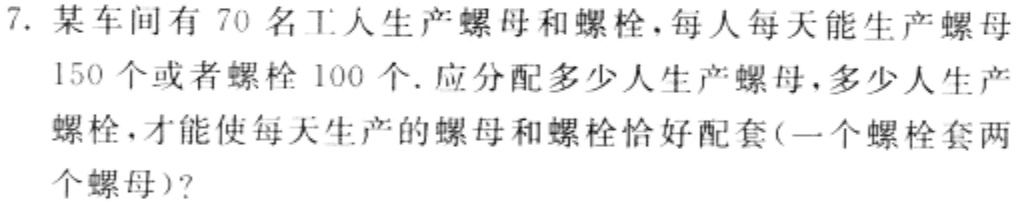
7. 某车间有 70 名工人生产螺母和螺栓，每人每天能生产螺母 150 个或者螺栓 100 个. 应分配多少人生产螺母，多少人生产螺栓，才能使每天生产的螺母和螺栓恰好配套(一个螺栓套两个螺母)?